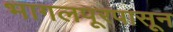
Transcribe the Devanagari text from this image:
भागलपूरपासून